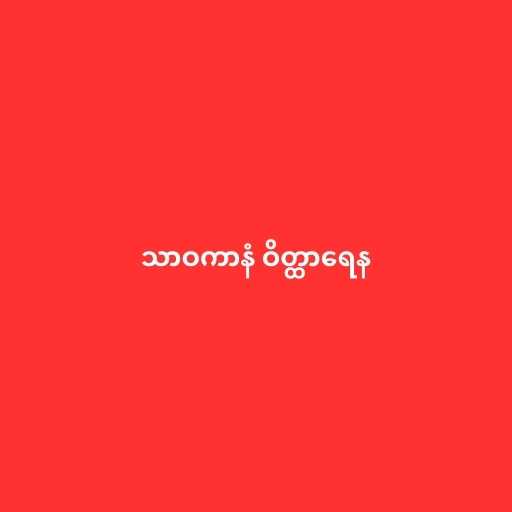
သာဝကာနံ ဝိတ္ထာရေန